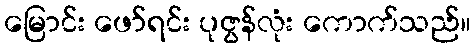
မြောင်း ဖော်ရင်း ပုဇွန်လုံး ကောက်သည်။